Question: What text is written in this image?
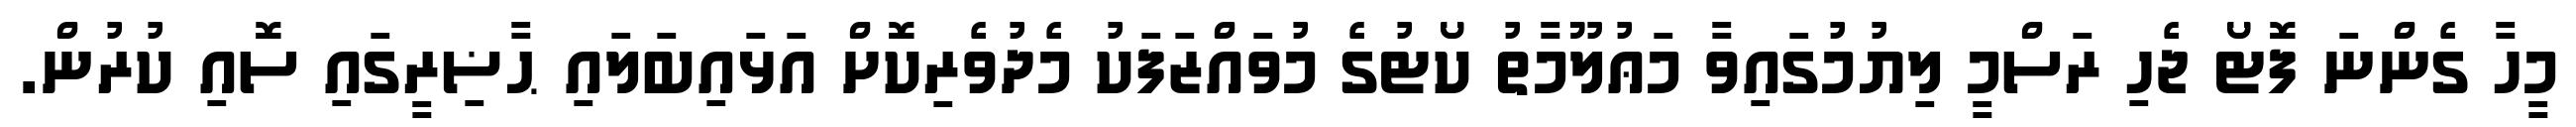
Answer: މީހާ ގެންނަ ފޮޓޯ ޖެހި ރަސްމީ ލިޔުމުގައިވާ މަޢުލޫމާތު ކޯޓުގެ މުވައްޒަފަކު މެދުވެރިކޮށް އަޅައިބަލައި ޙާޟިރީގައި ސޮއި ކުރުން.